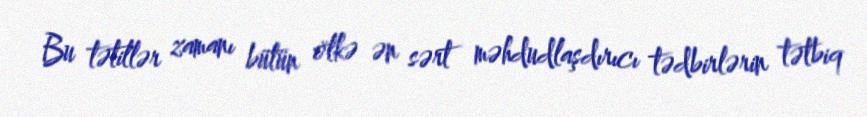
Bu tətillər zamanı bütün ölkə ən sərt məhdudlaşdırıcı tədbirlərin tətbiq